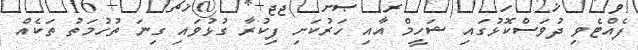
ފެއްޓެވި ދުވަސްކޮޅުގައި ޝަހީމް އާއި ހަރުކަށި ފިކުރާ ގުޅުވައި ގިނަ ތުހުމަތު ތަކެއް